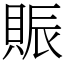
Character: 賑